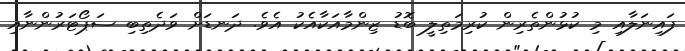
ފައިނަލާއި މި ކުޅުންތެރިން ކުރިމަތިލީ ބޮޑު ޒިންމާއަކާއެކު އެވެ. ދަނޑަށް ވަދެތިބި ސަޕޯޓަރުންނާއި